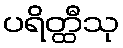
ပရိတ္ထီသု